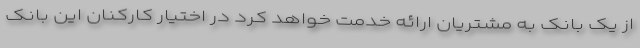
از یک بانک به مشتریان ارائه خدمت خواهد کرد در اختیار کارکنان این بانک